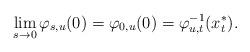
LaTeX: \begin{align*} \lim_{s\to 0}\varphi_{s, u } ( 0 )=\varphi_{0, u } ( 0 )=\varphi_{ u, t }^{ - 1 } (x^*_t) .\end{align*}